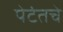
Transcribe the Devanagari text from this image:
पेटंतचे